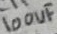
Text: 100uF